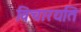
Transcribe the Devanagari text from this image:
विचारयति